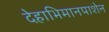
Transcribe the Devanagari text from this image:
देहाभिमानपाशेन